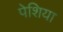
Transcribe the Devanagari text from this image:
पेशिया